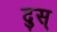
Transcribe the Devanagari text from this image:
दुस्